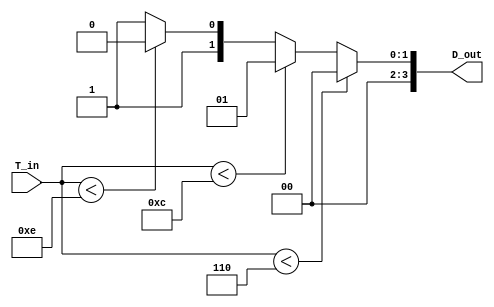
module thermal_encoder (
    input wire [3:0] T_in,      // 4-bit analog temperature input (0-15, representing 0-100C)
    output reg [3:0] D_out      // 4-bit digital output
);

// Define reference voltage levels (in 4-bit representation)
localparam REF_25C = 4'b0110; // 25C
localparam REF_50C = 4'b1100; // 50C
localparam REF_75C = 4'b1110; // 75C

// Combinational logic for encoding
always @(*) begin
    // Default output
    D_out = 4'b0000;

    // Comparator logic
    if (T_in < REF_25C) begin
        D_out = 4'b0000; // Below 25C
    end else if (T_in < REF_50C) begin
        D_out = 4'b0001; // 25C to 50C
    end else if (T_in < REF_75C) begin
        D_out = 4'b0010; // 50C to 75C
    end else begin
        D_out = 4'b0011; // 75C and above
    end
end

endmodule